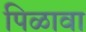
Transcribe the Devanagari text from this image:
पिळावा